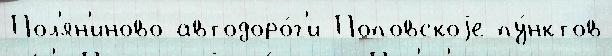
Пол'ян'иново автодоро́г'и Поповскоjе пу́нктов